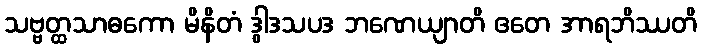
သဗ္ဗတ္ထသာဓကော မိနိတံ ဒွါဒသပဒ ဘဏေယျာတိ ဧတေ အာရဘိဿတိ